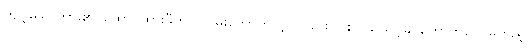
ကျင့်သောကား၏၊ ထောင်ထားမှီတင်၊ ငြမ်းကောက်လျှင်လည်း၊ ဝါးပင်ဖြောင့်ခဲ၊ ကောက်လေမြဲတည့်၊